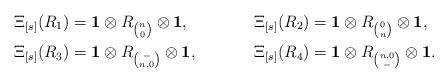
LaTeX: \begin{align*}\Xi_{[s]}(R_1) &= {\bf 1}\otimes R_{\binom{n}{0}}\otimes{\bf1},& \Xi_{[s]}(R_2) &= {\bf 1}\otimes R_{\binom{0}{n}}\otimes{\bf1}, \\\Xi_{[s]}(R_3) &= {\bf 1}\otimes R_{\binom{-}{n,0}}\otimes{\bf1},& \Xi_{[s]}(R_4) &= {\bf 1}\otimes R_{\binom{n,0}{-}}\otimes{\bf1}.\end{align*}